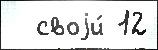
  своjи́ 12